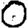
Digit: 0